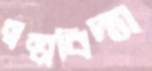
স্বল্পবিদ্যা